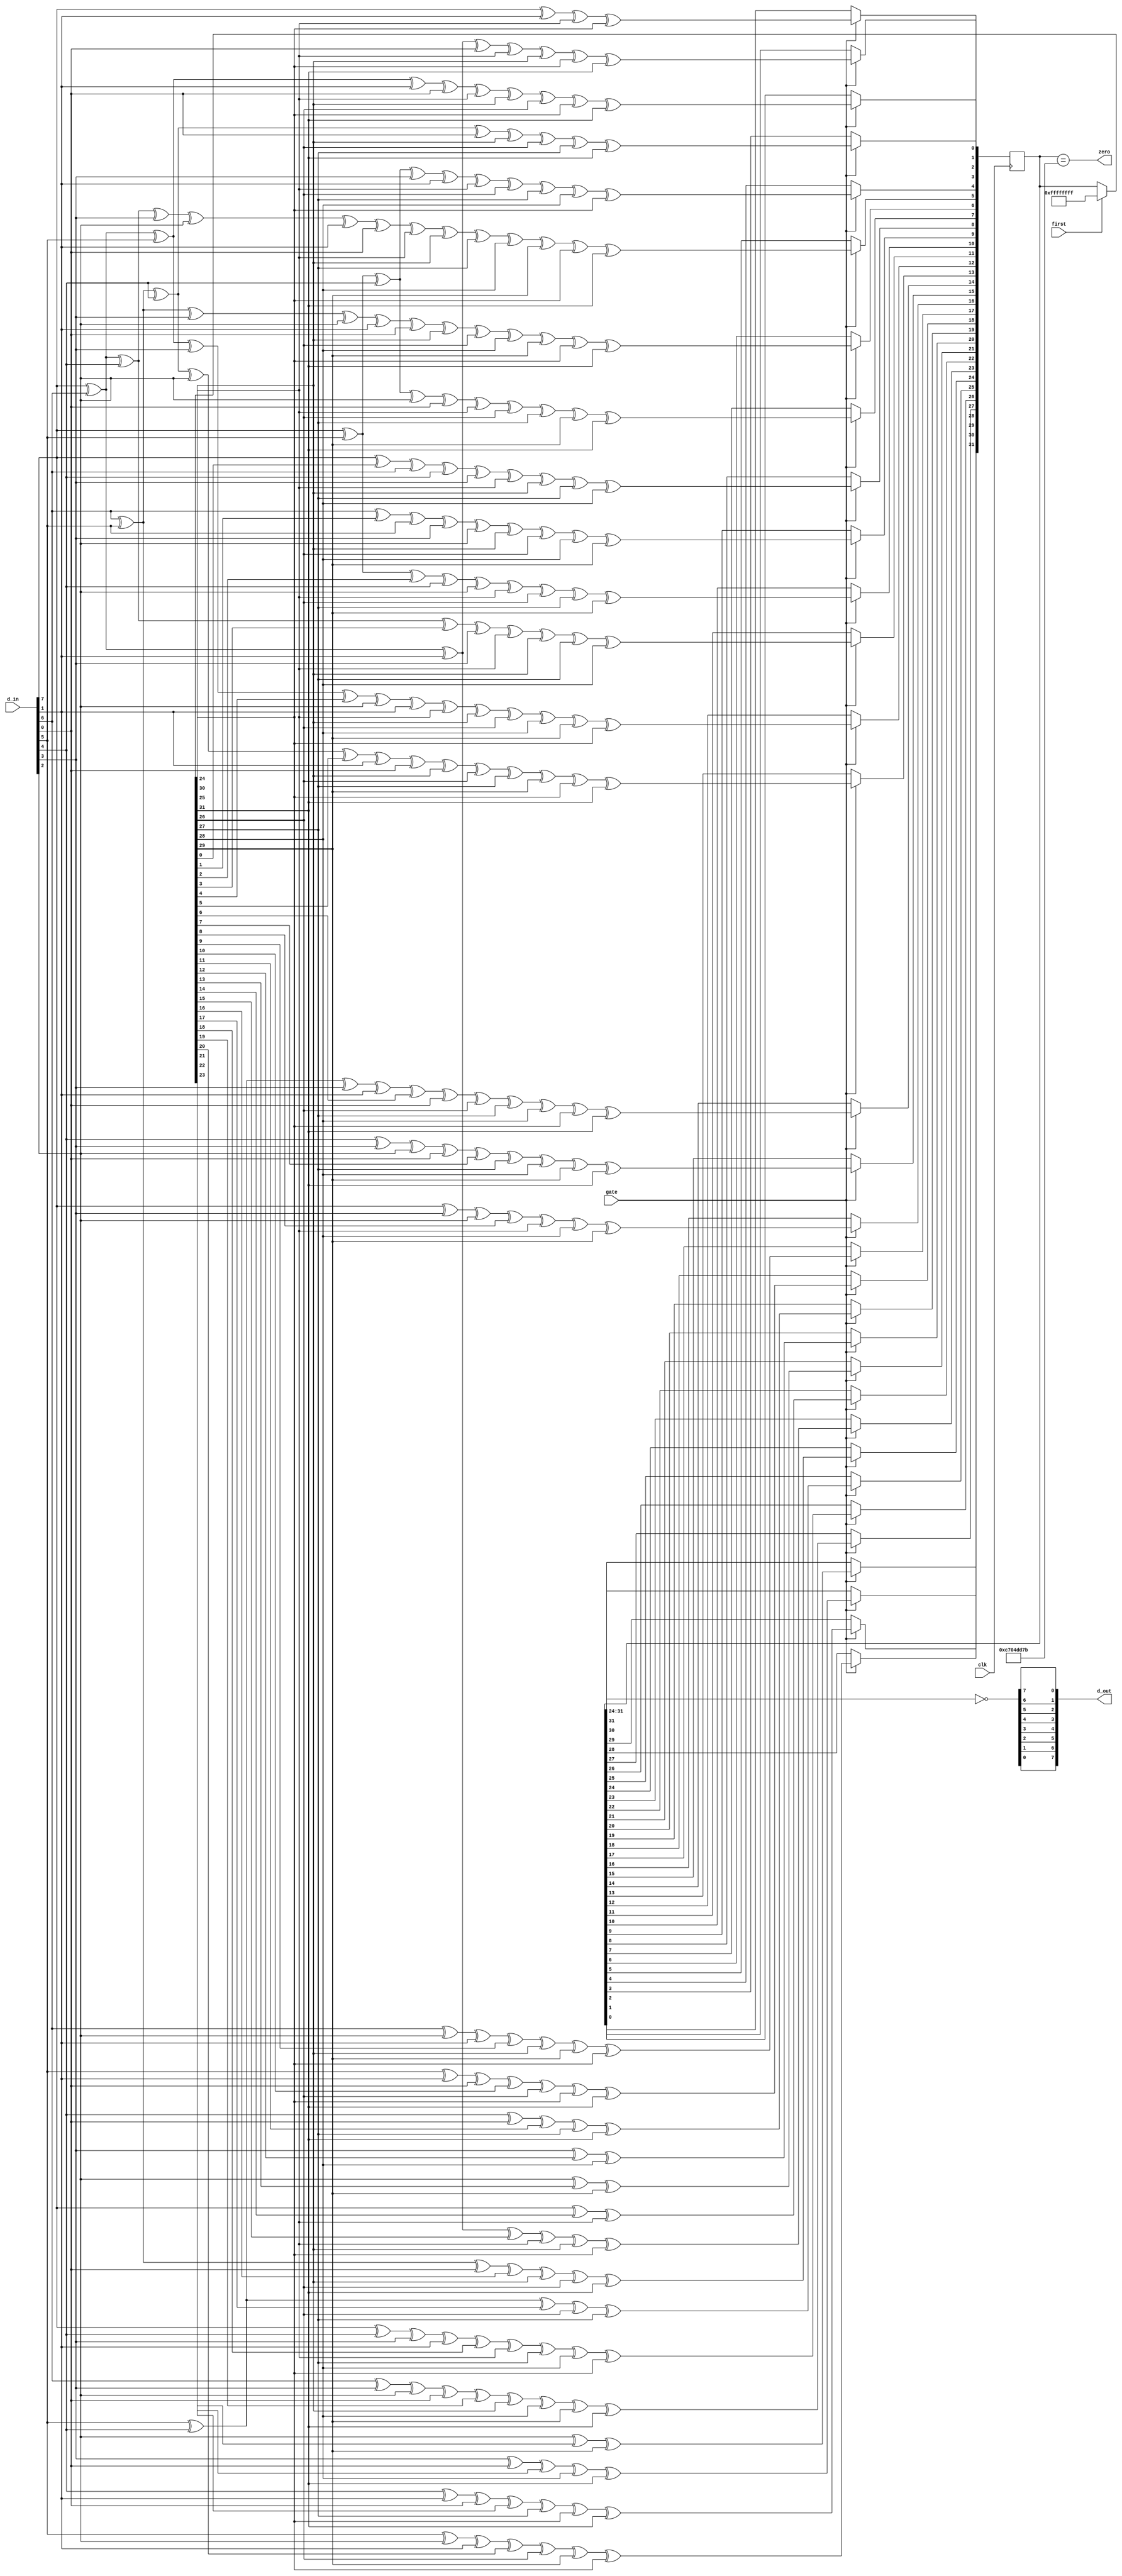
// Hacked to support Ethernet
module crc8e_guts(
	input clk,
	input gate,
	input first,  // set this during the first clock cycle of a new block of data
	input [7:0] d_in,
	output [7:0] d_out,
	output zero
);
// http://en.wikipedia.org/wiki/Cyclic_redundancy_check
parameter wid=32;
parameter init=32'hffffffff;

// Three names are magic to crc_guts.vh:
//   D    data in
//   O    old CRC value
//   crc  new CRC value
reg [wid-1:0] crc=0;
wire [7:0] D = d_in;
wire [wid-1:0] O = first ? init : crc;
always @(posedge clk) if (gate) begin
// Machine generated by ./crc_derive -lsb 32 0x4c11db7 8
// D is the 8-bit input data (lsb-first)
// crc and O are the new and old 32-bit CRC
// Generating polynomial is 0x4c11db7 (normal form, leading 1 suppressed)
// Reference: https://en.wikipedia.org/wiki/Cyclic_redundancy_check
crc[0] <= D[7]^D[1]^O[24]^O[30];
crc[1] <= D[7]^D[6]^D[1]^D[0]^O[24]^O[25]^O[30]^O[31];
crc[2] <= D[7]^D[6]^D[5]^D[1]^D[0]^O[24]^O[25]^O[26]^O[30]^O[31];
crc[3] <= D[6]^D[5]^D[4]^D[0]^O[25]^O[26]^O[27]^O[31];
crc[4] <= D[7]^D[5]^D[4]^D[3]^D[1]^O[24]^O[26]^O[27]^O[28]^O[30];
crc[5] <= D[7]^D[6]^D[4]^D[3]^D[2]^D[1]^D[0]^O[24]^O[25]^O[27]^O[28]^O[29]^O[30]^O[31];
crc[6] <= D[6]^D[5]^D[3]^D[2]^D[1]^D[0]^O[25]^O[26]^O[28]^O[29]^O[30]^O[31];
crc[7] <= D[7]^D[5]^D[4]^D[2]^D[0]^O[24]^O[26]^O[27]^O[29]^O[31];
crc[8] <= D[7]^O[0]^D[6]^D[4]^D[3]^O[24]^O[25]^O[27]^O[28];
crc[9] <= D[6]^O[1]^D[5]^D[3]^D[2]^O[25]^O[26]^O[28]^O[29];
crc[10] <= D[7]^D[5]^O[2]^D[4]^D[2]^O[24]^O[26]^O[27]^O[29];
crc[11] <= D[7]^D[6]^D[4]^O[3]^D[3]^O[24]^O[25]^O[27]^O[28];
crc[12] <= D[7]^D[6]^D[5]^D[3]^O[4]^D[2]^D[1]^O[24]^O[25]^O[26]^O[28]^O[29]^O[30];
crc[13] <= D[6]^D[5]^D[4]^D[2]^O[5]^D[1]^D[0]^O[25]^O[26]^O[27]^O[29]^O[30]^O[31];
crc[14] <= D[5]^D[4]^D[3]^D[1]^O[6]^D[0]^O[26]^O[27]^O[28]^O[30]^O[31];
crc[15] <= D[4]^D[3]^D[2]^D[0]^O[7]^O[27]^O[28]^O[29]^O[31];
crc[16] <= D[7]^D[3]^D[2]^O[8]^O[24]^O[28]^O[29];
crc[17] <= D[6]^D[2]^D[1]^O[9]^O[25]^O[29]^O[30];
crc[18] <= D[5]^D[1]^D[0]^O[10]^O[26]^O[30]^O[31];
crc[19] <= D[4]^D[0]^O[11]^O[27]^O[31];
crc[20] <= D[3]^O[12]^O[28];
crc[21] <= D[2]^O[13]^O[29];
crc[22] <= D[7]^O[14]^O[24];
crc[23] <= D[7]^D[6]^D[1]^O[15]^O[24]^O[25]^O[30];
crc[24] <= D[6]^D[5]^D[0]^O[16]^O[25]^O[26]^O[31];
crc[25] <= D[5]^D[4]^O[17]^O[26]^O[27];
crc[26] <= D[7]^D[4]^D[3]^D[1]^O[18]^O[24]^O[27]^O[28]^O[30];
crc[27] <= D[6]^D[3]^D[2]^D[0]^O[19]^O[25]^O[28]^O[29]^O[31];
crc[28] <= D[5]^D[2]^D[1]^O[20]^O[26]^O[29]^O[30];
crc[29] <= D[4]^D[1]^D[0]^O[21]^O[27]^O[30]^O[31];
crc[30] <= D[3]^D[0]^O[22]^O[28]^O[31];
crc[31] <= D[2]^O[23]^O[29];
end
wire [7:0] dr = ~crc[wid-1:wid-8]; // note polarity inversion
assign d_out = {dr[0],dr[1],dr[2],dr[3],dr[4],dr[5],dr[6],dr[7]};
// note bit order reversal

// assign zero = ~(|crc);
assign zero = crc==32'hc704dd7b;
endmodule